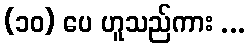
(၁၀) ပေ ဟူသည်ကား ...